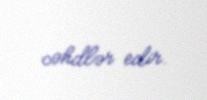
cəhdlər edir.